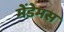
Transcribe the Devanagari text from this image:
मेंडेमस